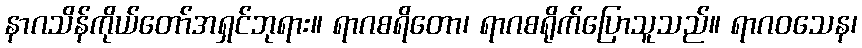
နာဂသိန်ကိုယ်တော်အရှင်ဘုရား။ ရာဂစရိတော၊ ရာဂစရိုက်ပြောသူသည်။ ရာဂဝသေန၊